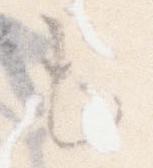
も